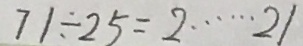
7 1 \div 2 5 = 2 \cdots 2 1